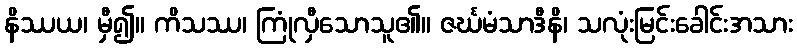
နိဿယ၊ မှီ၍။ ကိသဿ၊ ကြုံလှီသောသူ၏။ ဇင်္ဃမံသာဒီနိ၊ သလုံးမြင်းခေါင်းအသား